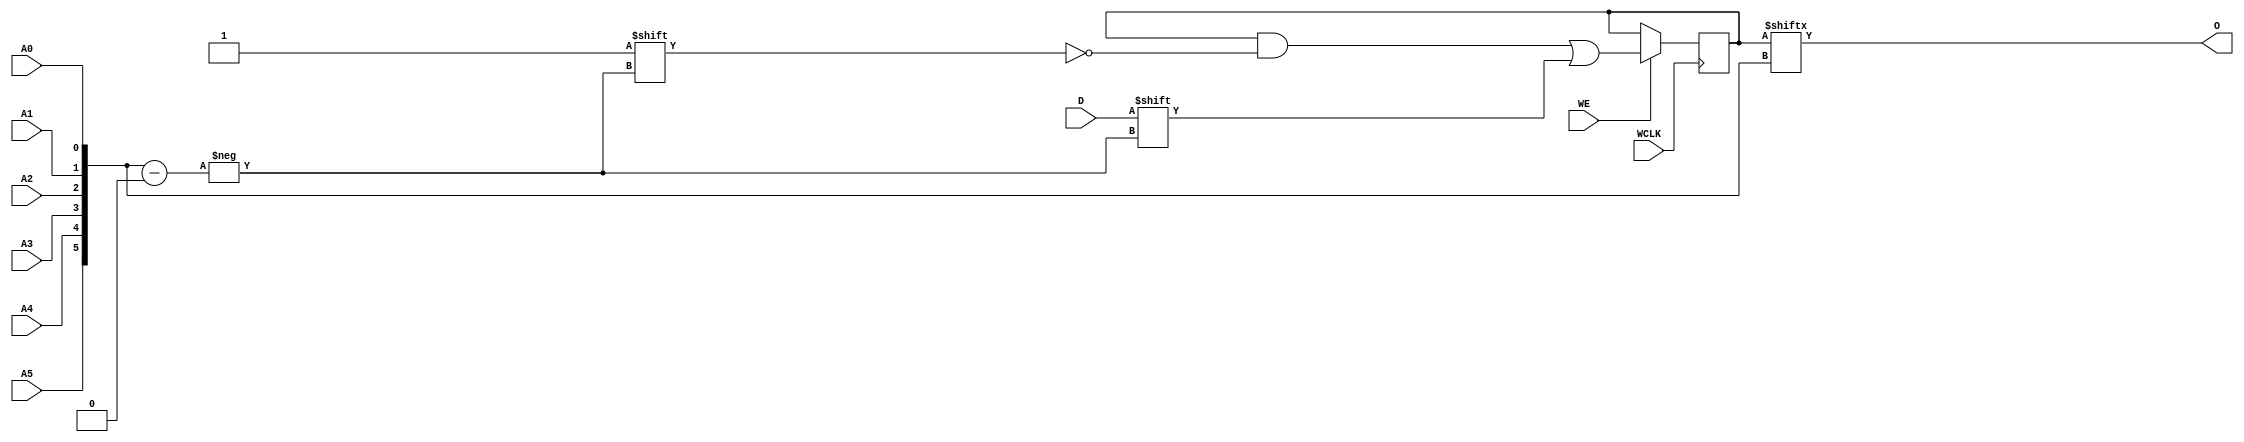
module RAM64X1S_1 (
  output O,
  input A0, A1, A2, A3, A4, A5,
  input D,
  (* clkbuf_sink *)
  (* invertible_pin = "IS_WCLK_INVERTED" *)
  input WCLK,
  input WE
);
  parameter [63:0] INIT = 64'h0000000000000000;
  parameter [0:0] IS_WCLK_INVERTED = 1'b0;
  wire [5:0] a = {A5, A4, A3, A2, A1, A0};
  reg [63:0] mem = INIT;
  assign O = mem[a];
  wire clk = WCLK ^ IS_WCLK_INVERTED;
  always @(negedge clk) if (WE) mem[a] <= D;
endmodule